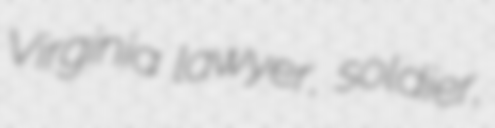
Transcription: Virginia lawyer, soldier,